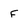
Character: f